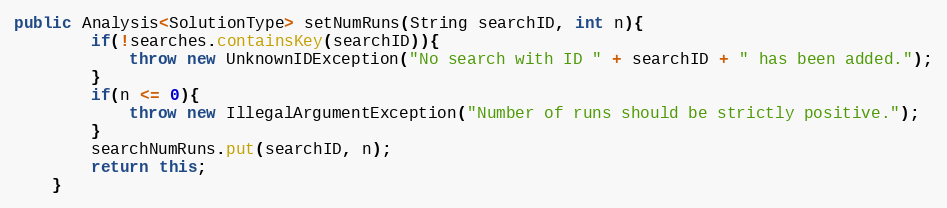
Language: Java
public Analysis<SolutionType> setNumRuns(String searchID, int n){
        if(!searches.containsKey(searchID)){
            throw new UnknownIDException("No search with ID " + searchID + " has been added.");
        }
        if(n <= 0){
            throw new IllegalArgumentException("Number of runs should be strictly positive.");
        }
        searchNumRuns.put(searchID, n);
        return this;
    }